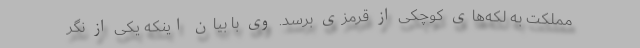
مملکت به لکه‌های کوچکی از قرمزی برسد. وی با بیان اینکه یکی از نگر